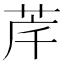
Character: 𮎶